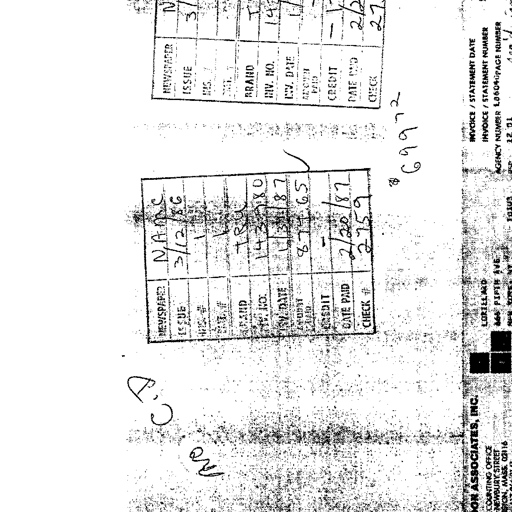
Transcript:
NEWSPAPER N
ISSUE 3/1
BRAND T
INV. NO. 14
INV. DATE 1/1
CREDIT
DATE PAID 2/2
CHECK # 27
C.P
No
NEWSPAPER NAMC
ISSUE 3/12/86
BRAND TRU
INV. NO. 143780
INV. DATE 1/31/87
AMOUNT PAID 874.65
CREDIT
DATE PAID 2/20/87
CHECK # 2759
# 69972
ASSOCIATES, INC. INVOICE / STATEMENT DATE
COUNTING OFFICE LORILLARD INVOICE / STATEMENT NUMBER
NEWBURY STREET 666 FIFTH AVE. AGENCY NUMBER 10604 PAGE NUMBER
TON, MASS. 02116